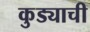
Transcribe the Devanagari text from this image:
कुड्याची